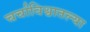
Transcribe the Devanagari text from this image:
चर्चाविश्वातल्या